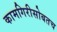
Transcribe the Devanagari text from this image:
कामगिरीसोबतच